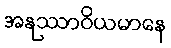
အနုဿာဝိယမာနေ